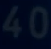
40